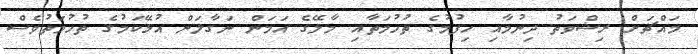
މައްޗަށް ރިޝްވަތު ދިނުމާއި ހިފުމުގެ ތުހުމަތާއި މާލޭގެ އަމަން ނަގާލަން އުޅޭކަމުގެ ތުހުމަތުވެސް